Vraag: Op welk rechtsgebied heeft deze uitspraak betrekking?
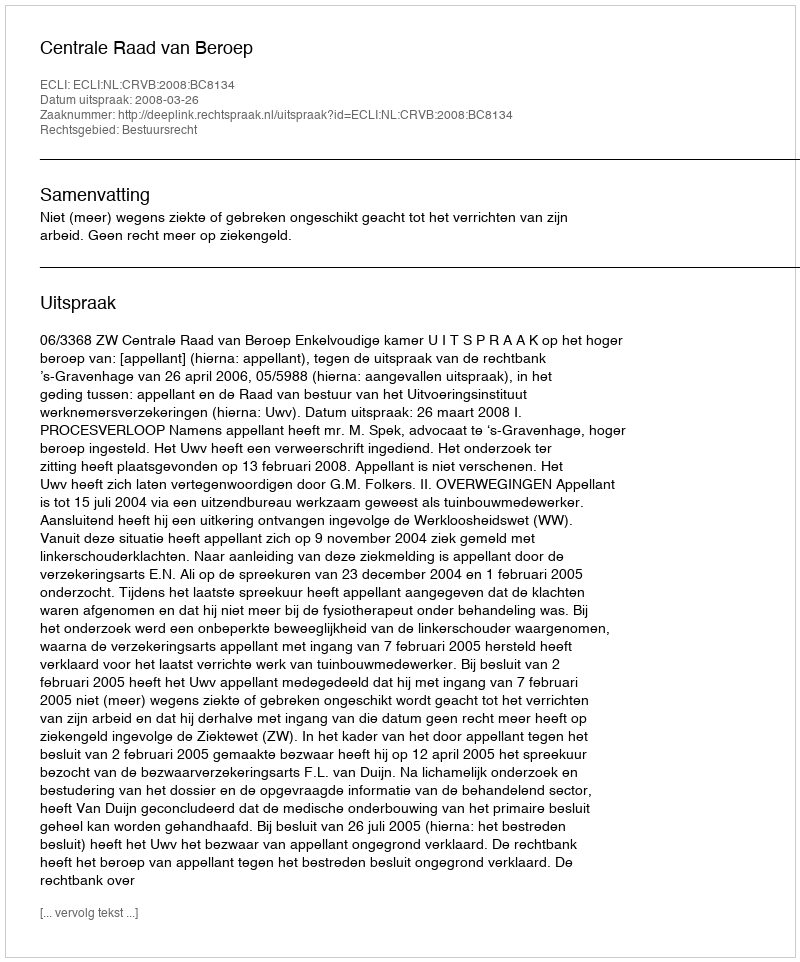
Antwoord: Bestuursrecht